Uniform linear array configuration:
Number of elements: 32
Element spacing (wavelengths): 0.5
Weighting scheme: hamming
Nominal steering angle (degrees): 45
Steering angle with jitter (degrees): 45.594
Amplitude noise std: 0.05
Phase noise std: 0.05

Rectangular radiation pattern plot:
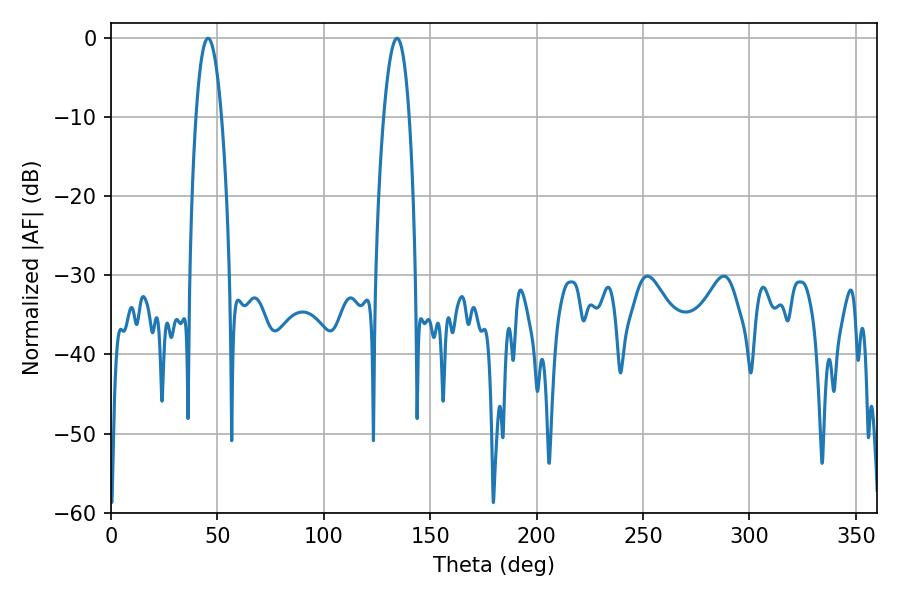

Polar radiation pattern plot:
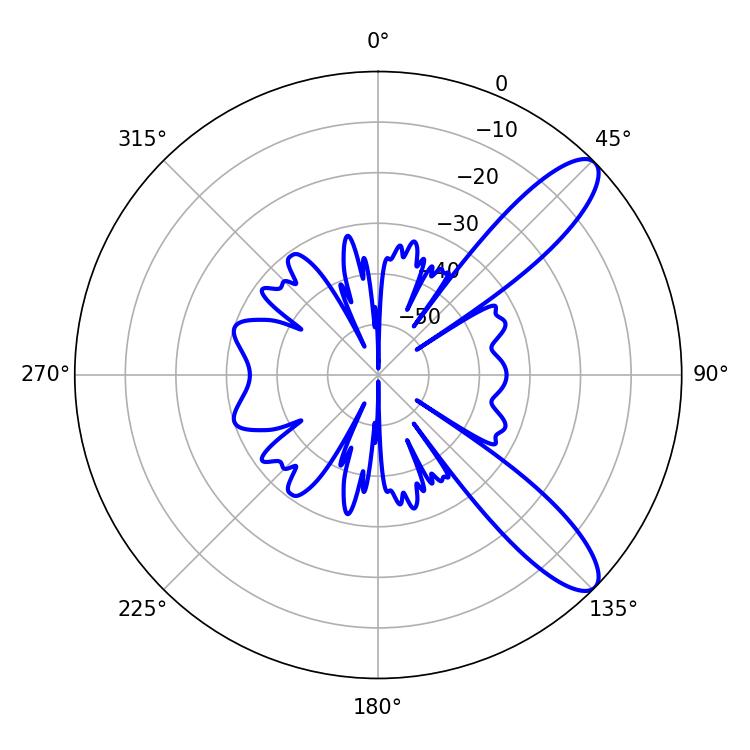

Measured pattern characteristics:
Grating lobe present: FALSE
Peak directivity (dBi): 10.511
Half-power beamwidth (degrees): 6.66
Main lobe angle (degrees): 45.54